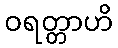
ဝရတ္တာဟိ